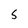
Character: 5